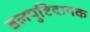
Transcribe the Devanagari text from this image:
बलपुष्टिदायक